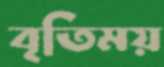
বৃতিময়